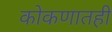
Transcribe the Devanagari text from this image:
कोकणातही